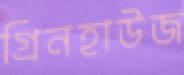
গ্রিনহাউজ